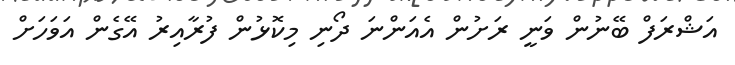
އަޝްރަފް ބޭނުން ވަނީ ރަށުން އެއަންނަ ދޯނި މިކޮޅުން ފުރާއިރު އޭގެން އަވަހަށް